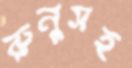
রুনুসহ